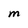
Character: M